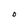
Character: O